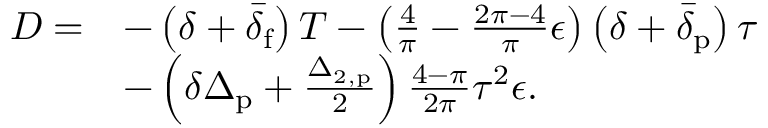
\begin{array} { r l } { D = } & { - \left( \delta + \bar { \delta } _ { \mathrm { f } } \right) T - \left( \frac { 4 } { \pi } - \frac { 2 \pi - 4 } { \pi } \epsilon \right) \left( \delta + \bar { \delta } _ { \mathrm { p } } \right) \tau } \\ & { - \left( \delta \Delta _ { \mathrm { p } } + \frac { \Delta _ { 2 , \mathrm { p } } } { 2 } \right) \frac { 4 - \pi } { 2 \pi } \tau ^ { 2 } \epsilon . } \end{array}